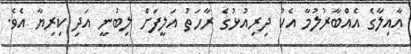
އާއިލާގެ އެއްބާރުލުމާ އެކު ދިރިއުޅުގެ ރާހަތު އަލީފަށް ލިބުނީ އަދި ކިރިޔާ އެވެ.